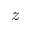
z